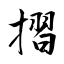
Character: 摺